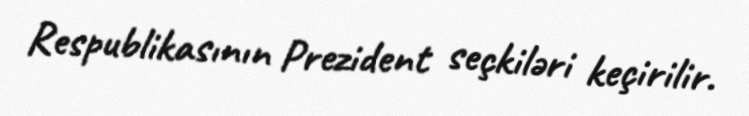
Respublikasının Prezident seçkiləri keçirilir.